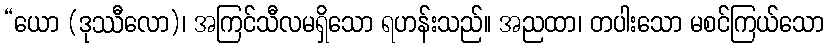
“ယော (ဒုဿီလော)၊ အကြင်သီလမရှိသော ရဟန်းသည်။ အညထာ၊ တပါးသော မစင်ကြယ်သော